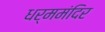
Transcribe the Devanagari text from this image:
धर्ममंदिर